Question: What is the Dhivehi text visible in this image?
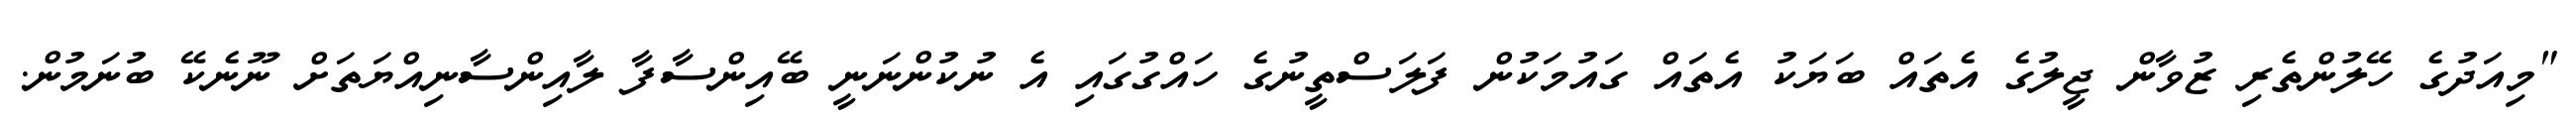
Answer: "މިއަދުގެ ހޭލުންތެރި ޒުވާން ޖީލުގެ އެތައް ބަޔަކު އެތައް ގައުމަކުން ފަލަސްތީނުގެ ހައްގުގައި އެ ނުކުންނަނީ ބޭއިންސާފާ ލާއިންސާނިއްޔަތަށް ނޫނެކޭ ބުނަމުން.